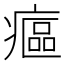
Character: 𤹪